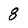
Character: 8